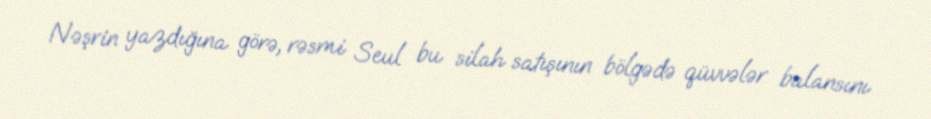
Nəşrin yazdığına görə, rəsmi Seul bu silah satışının bölgədə qüvvələr balansını